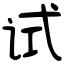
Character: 试